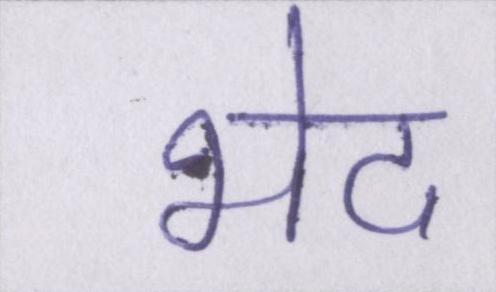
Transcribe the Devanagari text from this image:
भेद